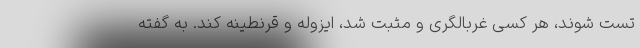
تست شوند، هر کسی غربالگری و مثبت شد، ایزوله و قرنطینه کند. به گفته